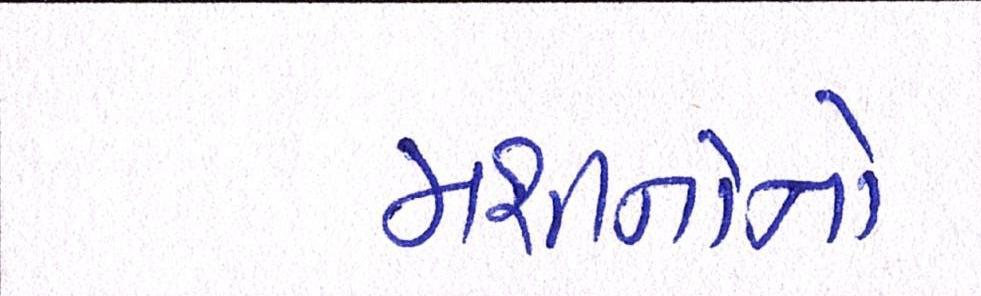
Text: મશીનોનો